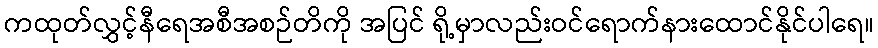
ကထုတ်လွှင့်နီရေအစီအစဉ်တိကို အပြင် ရို့မှာလည်းဝင်ရောက်နားထောင်နိုင်ပါရေ။